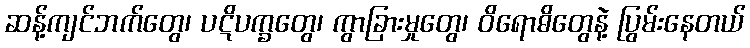
ဆန့်ကျင်ဘက်တွေ၊ ပဋိပက္ခတွေ၊ ကွာခြားမှုတွေ၊ ဝိရောဓိတွေနဲ့ ပြွမ်းနေတယ်